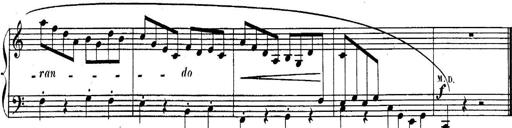
Title: Sonatina for Piano
Composer: BÃ©la BartÃ³k